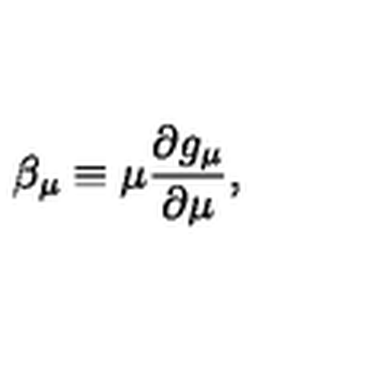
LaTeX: \beta _ { \mu } \equiv \mu \frac { \partial g _ { \mu } } { \partial \mu } ,